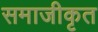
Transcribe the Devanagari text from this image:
समाजीकृत